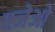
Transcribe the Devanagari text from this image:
एजेओ